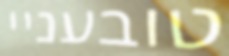
טובעניי